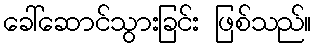
ခေါ်ဆောင်သွားခြင်း ဖြစ်သည်။